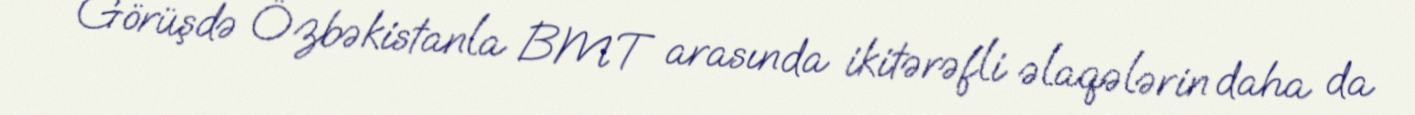
Görüşdə Özbəkistanla BMT arasında ikitərəfli əlaqələrin daha da